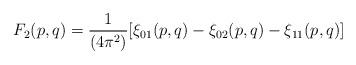
LaTeX: \begin{align*}F_2 (p,q) = {1\over (4\pi^2)} [\xi_{01}(p,q) - \xi_{02}(p,q) -\xi_{11}(p,q)]\end{align*}